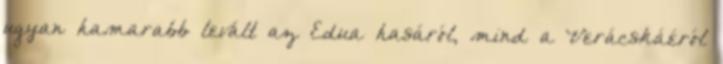
ugyan hamarabb levált az Edua hasáról, mind a Verácskáéról